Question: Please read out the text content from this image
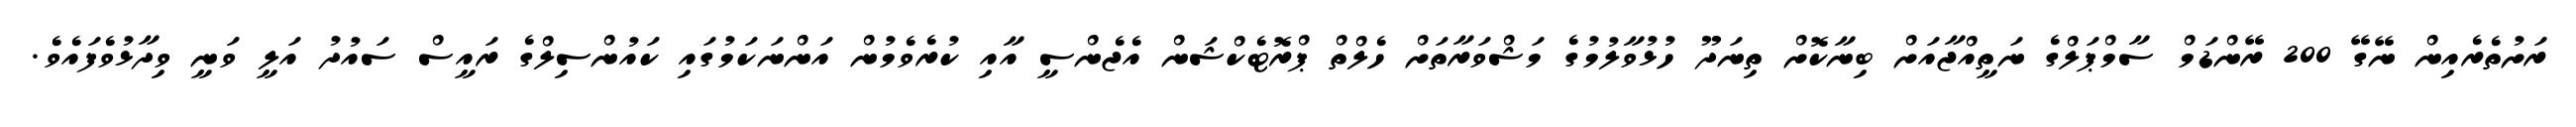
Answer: ރަށުތެރެއިން ނޭގޭ 200 ރޭންޑަމް ސާމްޕަލްގެ ނަތީއްޖާއަށް ބިނާކޮށް ތިނަދޫ ހުޅުވާލުމުގެ މަޝްވަރާތަށް ހެލްތް ޕްރޮޓެކްޝަން އެޖެންސީ އާއި ކުރެވެމުން އަންނަކަމުގައި ކައުންސިލްގެ ރައީސް ސައުދު އަލީ ވަނީ ވިދާޅުވެފައެވެ.